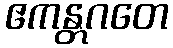
ဧကန္တဂတေ